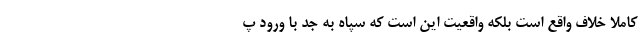
کاملاً خلاف واقع است بلکه واقعیت این است که سپاه به جدّ با ورود پ